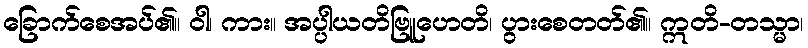
ခြောက်စေအပ်၏။ ဝါ၊ ကား။ အပ္ပါယတိဗြူဟေတိ၊ ပွားစေတတ်၏။ ဣတိ-တသ္မာ၊